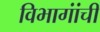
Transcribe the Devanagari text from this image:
विभागांंची